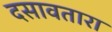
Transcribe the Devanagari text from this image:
दसावतारा